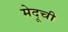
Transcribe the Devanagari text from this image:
मेदूची